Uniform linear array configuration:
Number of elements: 24
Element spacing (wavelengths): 0.75
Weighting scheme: exponential
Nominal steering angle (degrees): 15
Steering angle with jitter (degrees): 15.554
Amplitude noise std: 0.05
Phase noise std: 0.05

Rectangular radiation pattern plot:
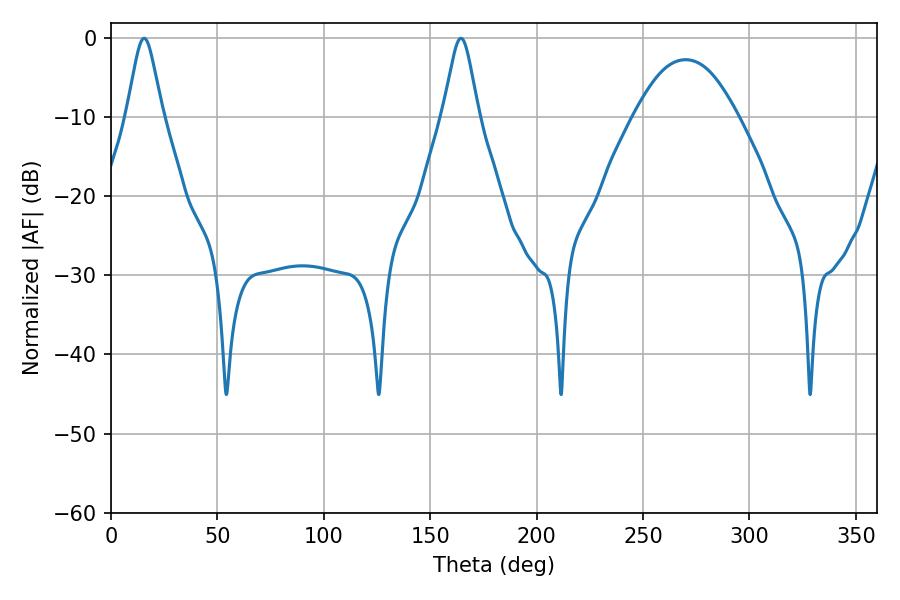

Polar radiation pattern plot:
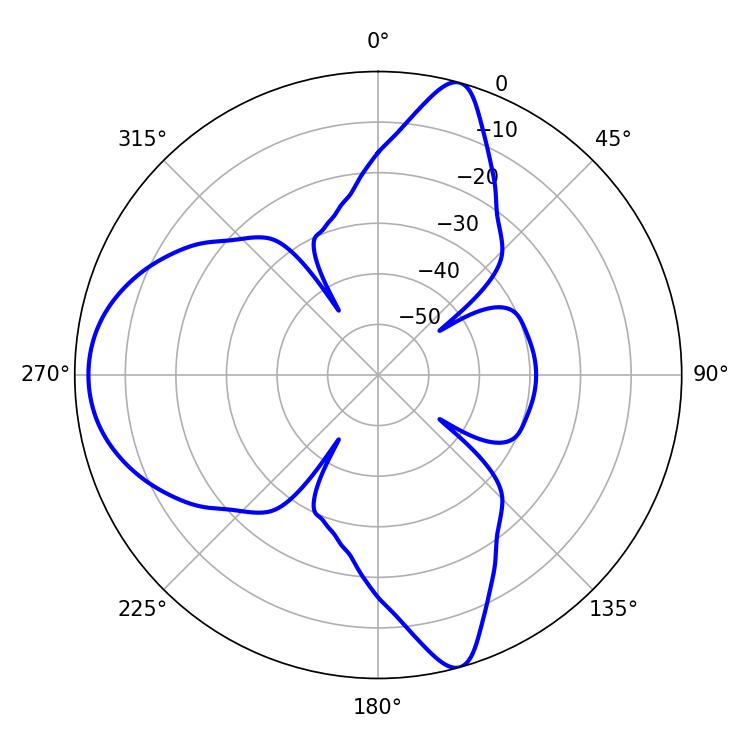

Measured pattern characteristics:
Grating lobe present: TRUE
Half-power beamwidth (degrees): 8.1
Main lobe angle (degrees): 15.48